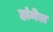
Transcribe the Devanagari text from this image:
हांमेल